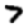
Digit: 7